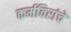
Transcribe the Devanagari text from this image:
कर्मविरांचे